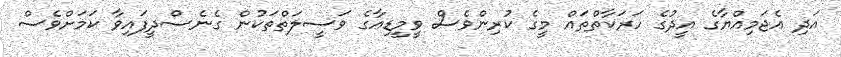
އަދި އެޖަމިއްޔާގެ އީދުގެ ހަރަކާތްތައް މީގެ ކުރިންވެސް ވީމީޑިއާގެ ވަސީލަތްތަކުން ގެނެސްދީފައިވާ ކަމަށްވެސް